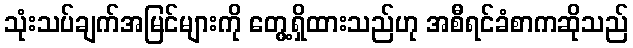
သုံးသပ်ချက်အမြင်များကို တွေ့ရှိထားသည်ဟု အစီရင်ခံစာကဆိုသည်